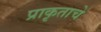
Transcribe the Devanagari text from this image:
प्राकृताचे